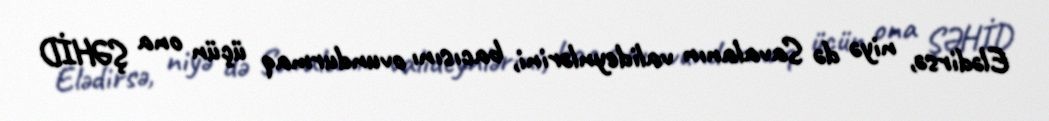
Elədirsə, niyə də Savalanın valideynlərini, bacısını ovundurmaq üçün ona ŞƏHİD